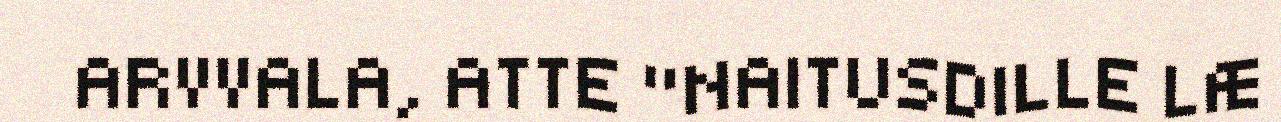
ARVVALA, ATTE "NAITUSDILLE LÆ